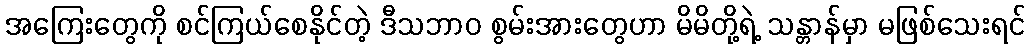
အကြေးတွေကို စင်ကြယ်စေနိုင်တဲ့ ဒီသဘာဝ စွမ်းအားတွေဟာ မိမိတို့ရဲ့ သန္တာန်မှာ မဖြစ်သေးရင်